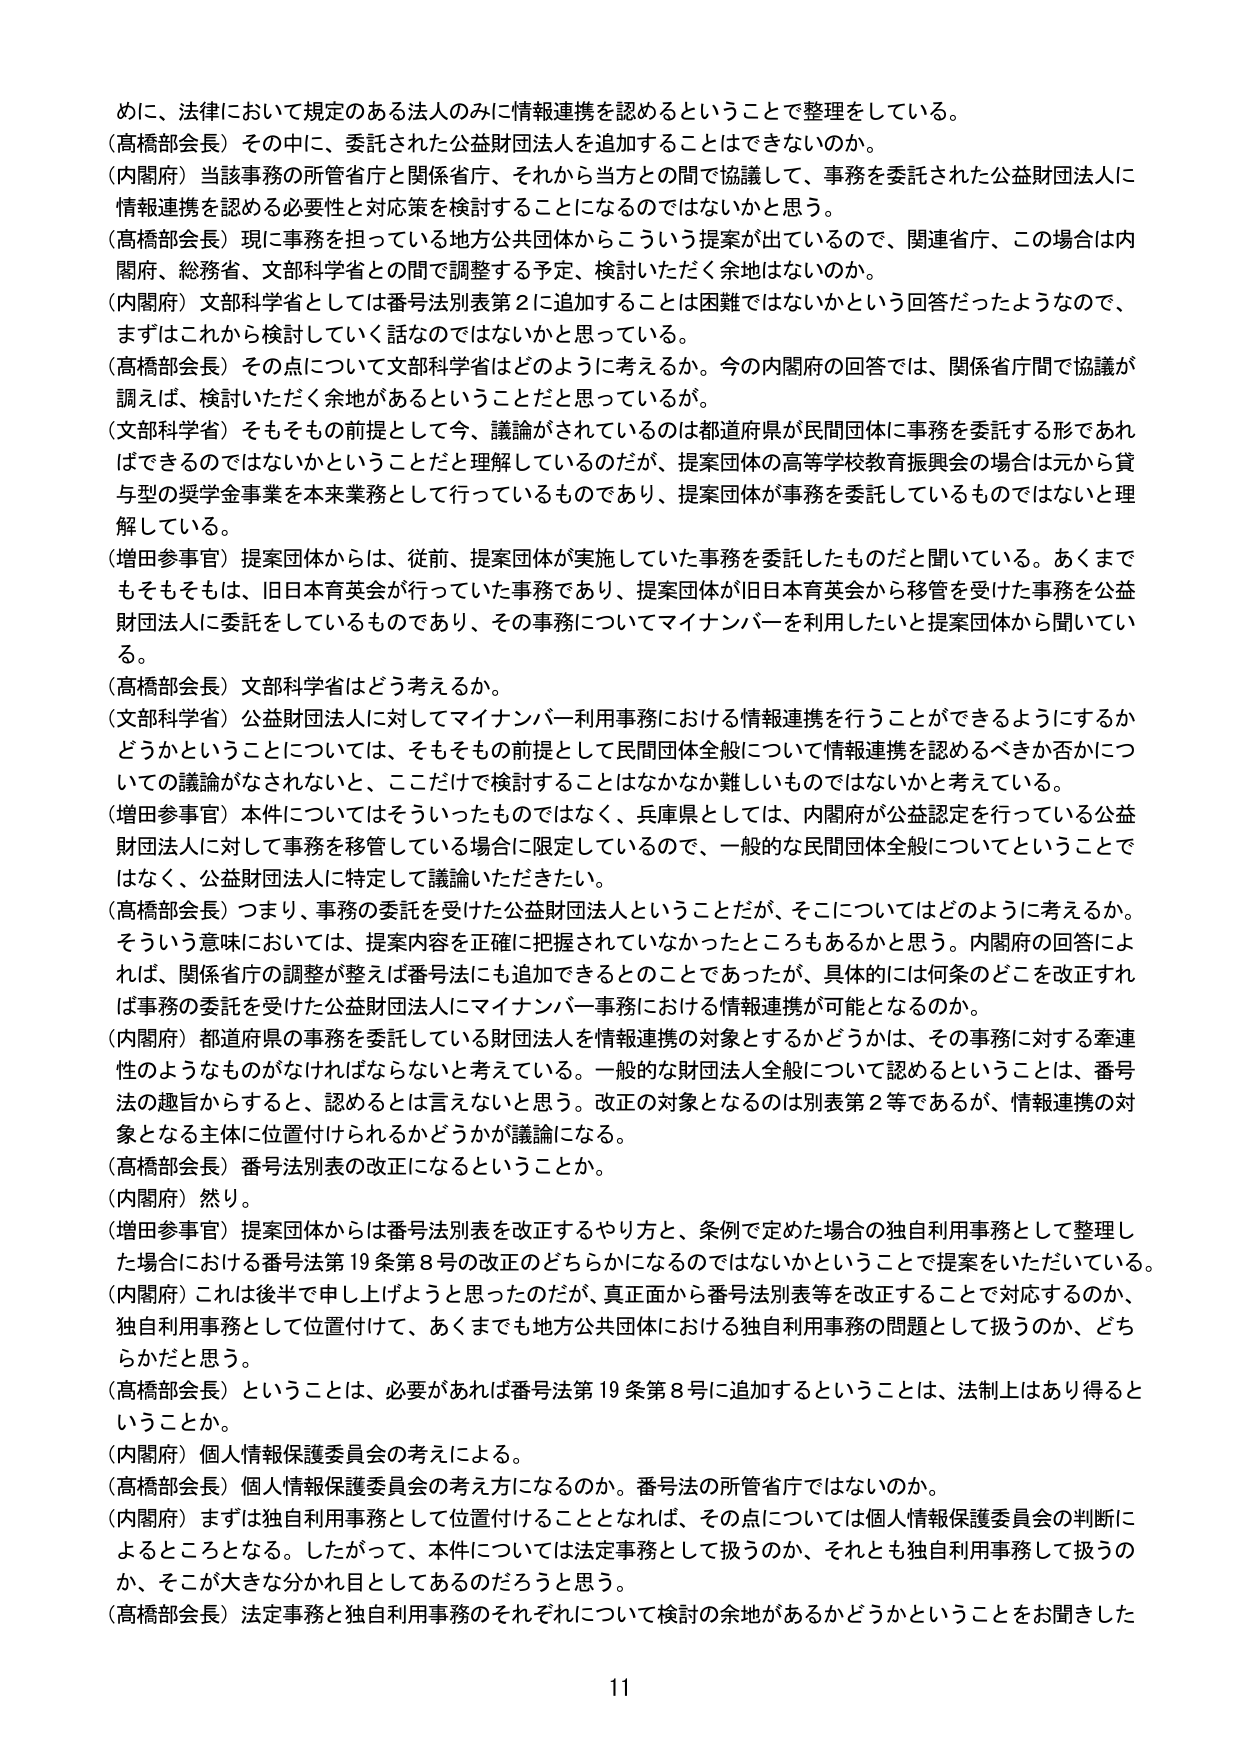
めに、法律において規定のある法人のみに情報連携を認めるということで整理をしている。
（高橋部会長）その中に、委託された公益財団法人を追加することはできないのか。
（内閣府）当該事務の所管省庁と関係省庁、それから当方との間で協議して、事務を委託された公益財団法人に情報連携を認める必要性と対応策を検討することになるのではないかと思う。
（高橋部会長）現に事務を担っている地方公共団体からこういう提案が出ているので、関連省庁、この場合は内閣府、総務省、文部科学省との間で調整する予定、検討いただく余地はないのか。
（内閣府）文部科学省としては番号法別表第2に追加することは困難ではないかという回答だったようなので、まずはこれから検討していく話なのではないかと思っている。
（高橋部会長）その点について文部科学省はどのように考えるか。今の内閣府の回答では、関係省庁間で協議が調えば、検討いただく余地があるということだと思っているが。
（文部科学省）そもそもその前提として今、議論がされているのは都道府県が民間団体に事務を委託する形であればできるのではないかということだと理解しているのだが、提案団体の高等学校教育振興会の場合は元から貸与型の奨学金事業を本来業務として行っているものであり、提案団体が事務を委託しているものではないと理解している。
（増田参事官）提案団体からは、従前、提案団体が実施していた事務を委託したものだと聞いている。あくまでもそもそもは、旧日本育英会が行っていた事務であり、提案団体が旧日本育英会から移管を受けた事務を公益財団法人に委託をしているものであり、その事務についてマイナンバーを利用したいと提案団体から聞いている。
（高橋部会長）文部科学省はどう考えるか。
（文部科学省）公益財団法人に対してマイナンバー利用事務における情報連携を行うことができるようにするかどうかということについては、そもそもその前提として民間団体全般について情報連携を認めるべきか否かについての議論がなされないと、ここだけで検討することはなかなか難しいものではないかと考えている。
（増田参事官）本件についてはそういったものではなく、兵庫県としては、内閣府が公益認定を行っている公益財団法人に対して事務を移管している場合に限定しているので、一般的な民間団体全般についてということではなく、公益財団法人に特定して議論いただきたい。
（高橋部会長）つまり、事務の委託を受けた公益財団法人ということだが、そこについてはどのように考えるか。そういう意味においては、提案内容を正確に把握されていなかったところもあるかと思う。内閣府の回答によれば、関係省庁の調整が整えば番号法にも追加できるとのことであったが、具体的には何条のどこを改正すれば事務の委託を受けた公益財団法人にマイナンバー事務における情報連携が可能となるのか。
（内閣府）都道府県の事務を委託している財団法人を情報連携の対象とするかどうかは、その事務に対する牽連性のようなものがなければならないと考えている。一般的な財団法人全般について認めるということは、番号法の趣旨からすると、認めるとは言えないと思う。改正の対象となるのは別表第2等であるが、情報連携の対象となる主体に位置付けられるかどうかが議論になる。
（高橋部会長）番号法別表の改正になるということか。
（内閣府）然り。
（増田参事官）提案団体からは番号法別表を改正するやり方と、条例で定めた場合の独自利用事務として整理した場合における番号法第19条第8号の改正のどちらかになるのではないかということで提案をいただいています。
（内閣府）これは後半で申し上げようと思ったのだが、真正面から番号法別表等を改正することで対応するのか、独自利用事務として位置付けて、あくまでも地方公共団体における独自利用事務の問題として扱うのか、どちらかだと思う。
（高橋部会長）ということは、必要があれば番号法第19条第8号に追加するということは、法制上はあり得るということか。
（内閣府）個人情報保護委員会の考えによる。
（高橋部会長）個人情報保護委員会の考え方になるのか。番号法の所管省庁ではないのか。
（内閣府）まずは独自利用事務として位置付けることとなれば、その点については個人情報保護委員会の判断によるところとなる。したがって、本件については法定事務として扱うのか、それとも独自利用事務として扱うのか、そこが大きな分かれ目としてあるのだろうと思う。
（高橋部会長）法定事務と独自利用事務のそれぞれについて検討の余地があるかどうかということをお聞きした
11